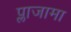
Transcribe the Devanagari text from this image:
प्लाजामा